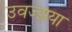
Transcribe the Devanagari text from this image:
उवज्झया